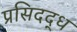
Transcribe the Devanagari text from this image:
प्रसिदद्ध